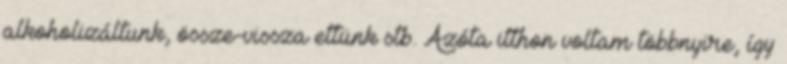
alkoholizáltunk, össze-vissza ettünk stb. Azóta itthon voltam többnyire, így